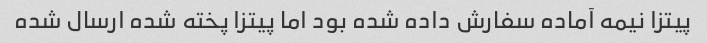
پیتزا نیمه آماده سفارش داده شده بود اما پیتزا پخته شده ارسال شده